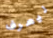
ليعرف